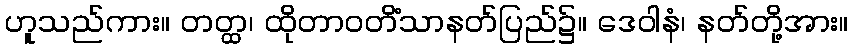
ဟူသည်ကား။ တတ္ထ၊ ထိုတာဝတိံသာနတ်ပြည်၌။ ဒေဝါနံ၊ နတ်တို့အား။